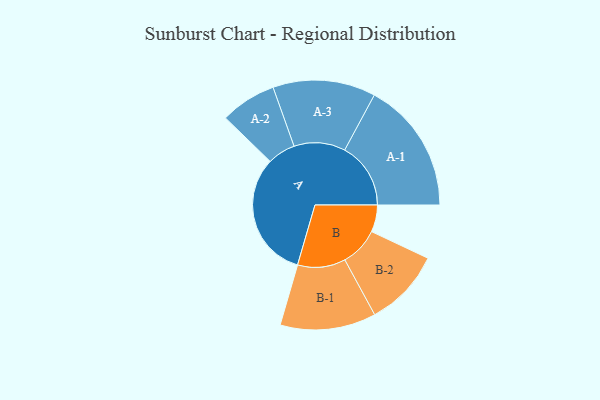
{"axis": {"x": "Segment", "y": "Value"}, "legend": ["", "A", "B"], "data": [{"x": "A", "y": 482, "type": ""}, {"x": "B", "y": 103, "type": ""}, {"x": "A-1", "y": 252, "type": "A"}, {"x": "A-2", "y": 107, "type": "A"}, {"x": "A-3", "y": 196, "type": "A"}, {"x": "B-1", "y": 183, "type": "B"}, {"x": "B-2", "y": 148, "type": "B"}]}